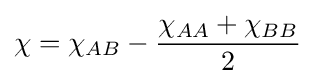
\chi =\chi _{AB}-{\frac {\chi _{AA}+\chi _{BB}}{2}}